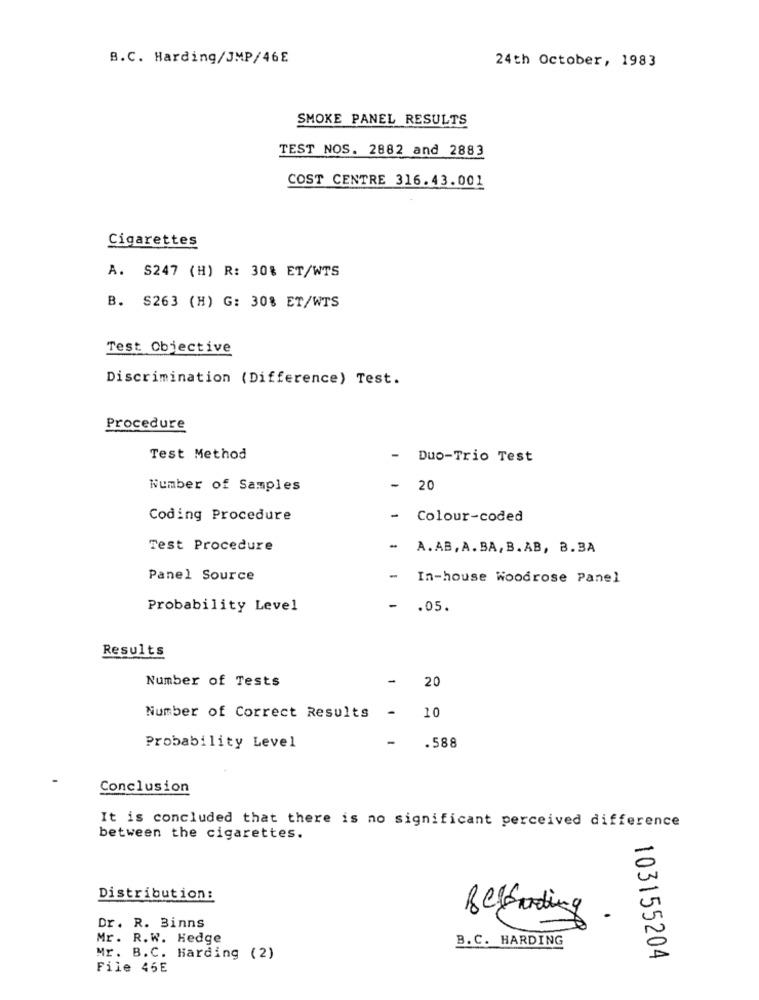
B.C. Harding/JMP/46E
24th October, 1983
SMOKE PANEL RESULTS
TEST NOS. 2882 and 2883
COST CENTRE 316.43.001
Cigarettes
A. S247 (H) R: 30% ET/WTS
B. $263 (H) G: 30% ET/WTS
Test Objective
Discrimination (Difference) Test.
Procedure
Test Method
Duo-Trio Test
Number of Samples
- 20
Coding Procedure
-
Colour-coded
Test Procedure
-
A.AB, A. BA, B. AB, 8.BA
Panel Source
-
In-house Woodrose Panel
Probability Level
.05.
Results
Number of Tests
20
-
10
Number of Correct Results
-
.588
Probability Level
Conclusion
It is concluded that there is no significant perceived difference
between the cigarettes.
Distribution:
.
Dr. R. Binns
Mr. R.W. Hedge
B.C. HARDING
Mr. B.C. Harding (2)
103155204
File 46E